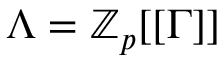
\Lambda = \mathbb { Z } _ { p } [ [ \Gamma ] ]